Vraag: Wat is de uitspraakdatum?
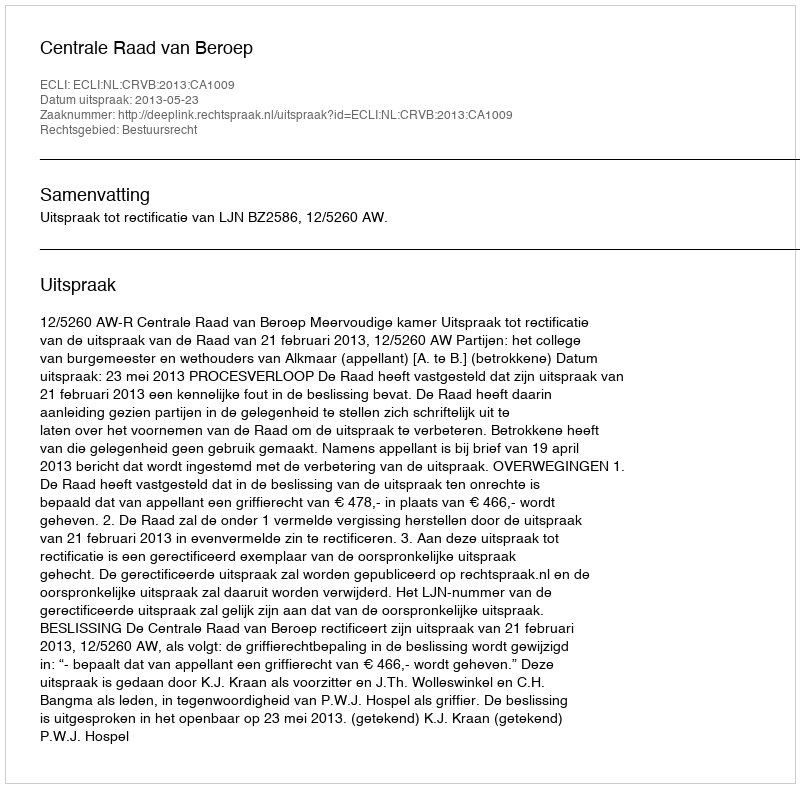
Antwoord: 2013-05-23